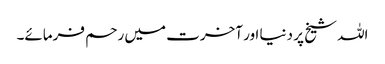
اللہ شیخ پر دنیا اور آخرت میں رحم فرمائے۔